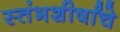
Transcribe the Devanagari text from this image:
स्तंभशीर्षांचे